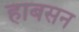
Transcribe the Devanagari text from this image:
हाबसन